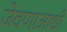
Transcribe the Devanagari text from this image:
जेवणाआधी